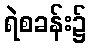
ရဲစခန်း၌